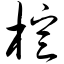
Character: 楦